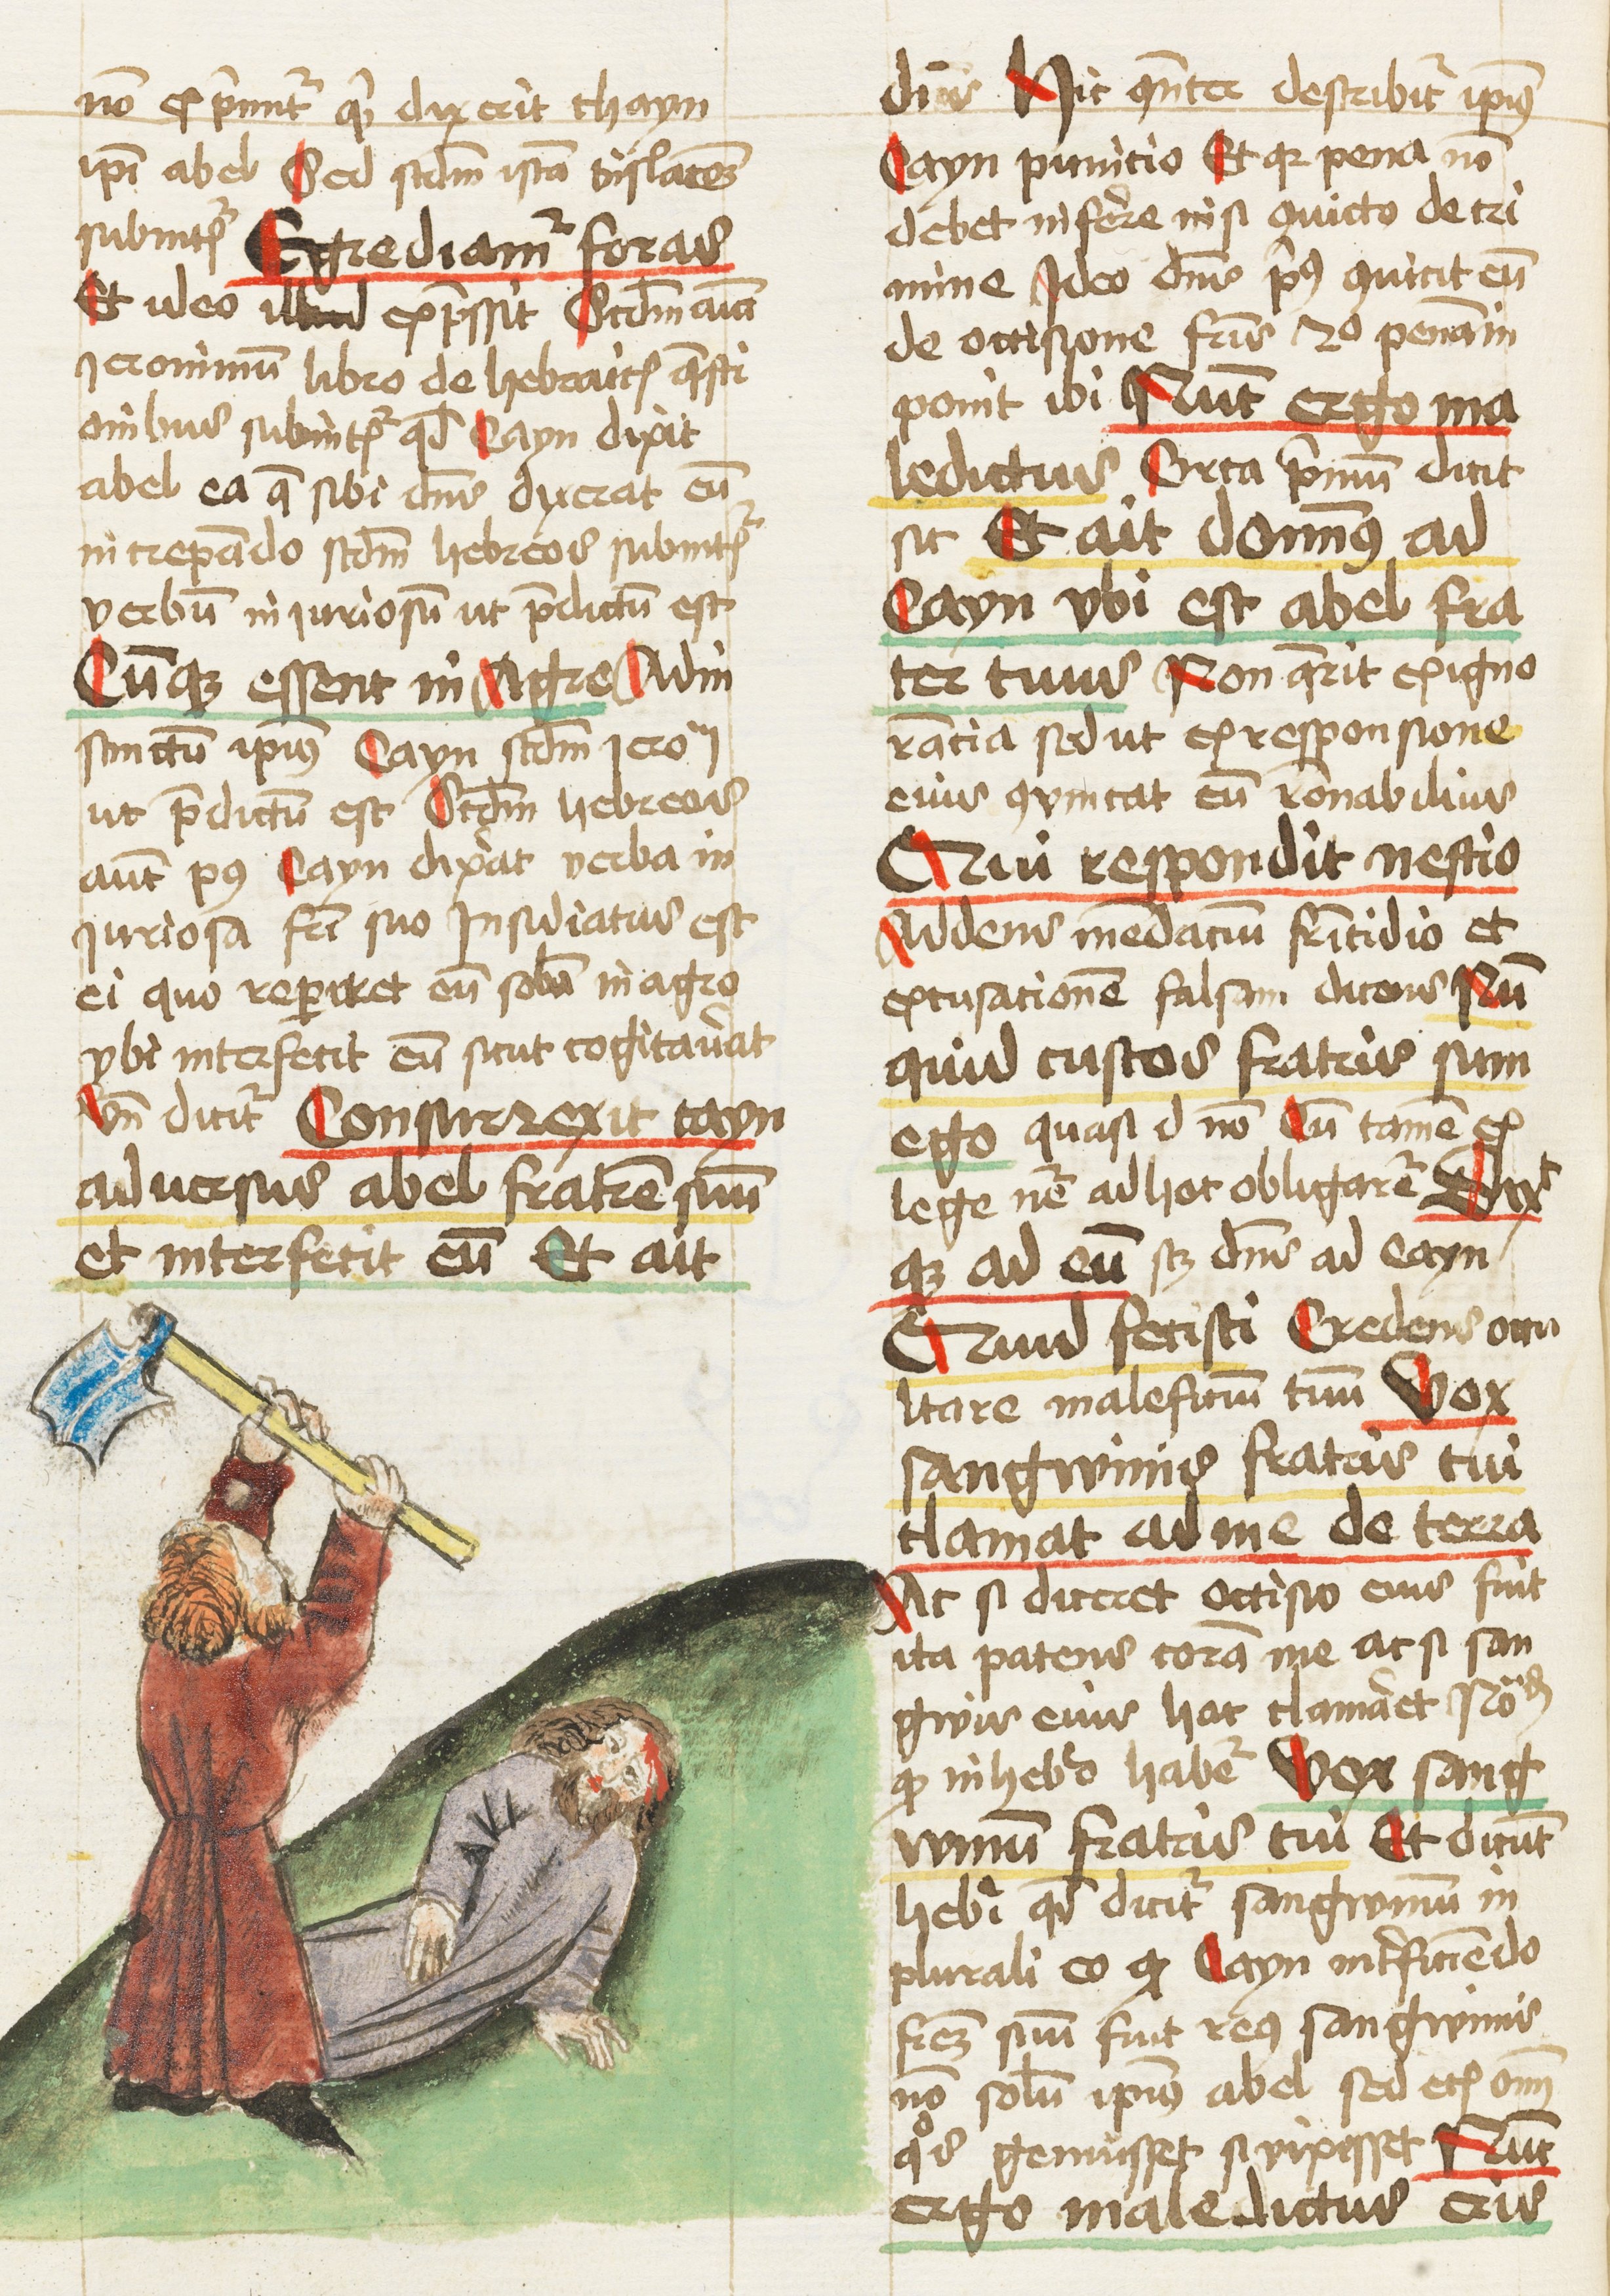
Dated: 1459–1461